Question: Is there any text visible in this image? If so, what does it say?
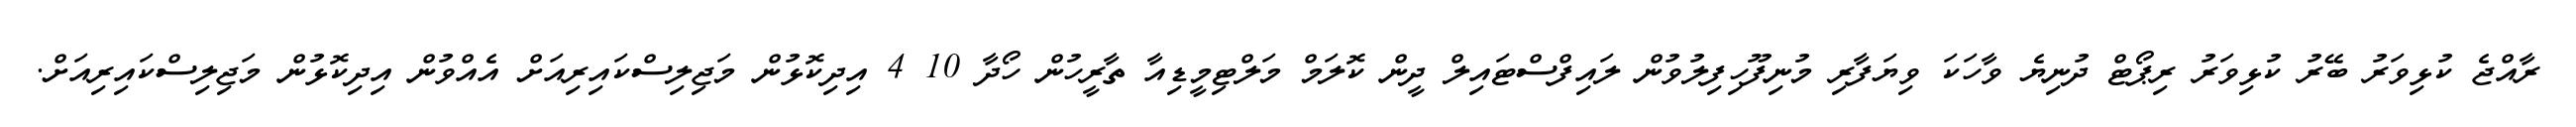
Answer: ރާއްޖެ ކުޅިވަރު ބޭރު ކުޅިވަރު ރިޕޯޓް ދުނިޔެ ވާހަކަ ވިޔަފާރި މުނިފޫހިފިލުވުން ލައިފްސްޓައިލް ދީން ކޮލަމް މަލްޓިމީޑިއާ ތާރީހުން ހޯދާ 10 4 އިދިކޮޅުން މަޖިލިސްކައިރިއަށް އެއްވުން އިދިކޮޅުން މަޖިލިސްކައިރިއަށް.